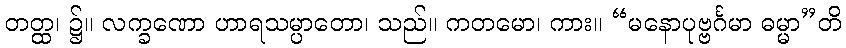
တတ္ထ၊ ၌။ လက္ခဏော ဟာရသမ္ပာတော၊ သည်။ ကတမော၊ ကား။ “မနောပုဗ္ဗင်္ဂမာ ဓမ္မာ”တိ